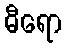
ဓီရော